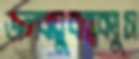
জলবায়ুবান্ধবখুস